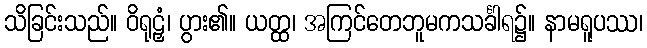
သိခြင်းသည်။ ဝိရုဠှံ၊ ပွား၏။ ယတ္ထ၊ အကြင်တေဘူမကသင်္ခါရ၌။ နာမရူပဿ၊